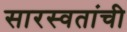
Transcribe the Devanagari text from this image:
सारस्वतांची